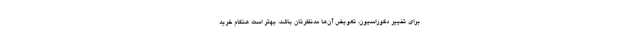
برای تغییر دکوراسیون، تعویض آن‌ها مدنظرتان باشد، بهتر است هنگام خرید